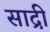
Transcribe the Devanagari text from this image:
साद्री